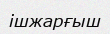
ішжарғыш